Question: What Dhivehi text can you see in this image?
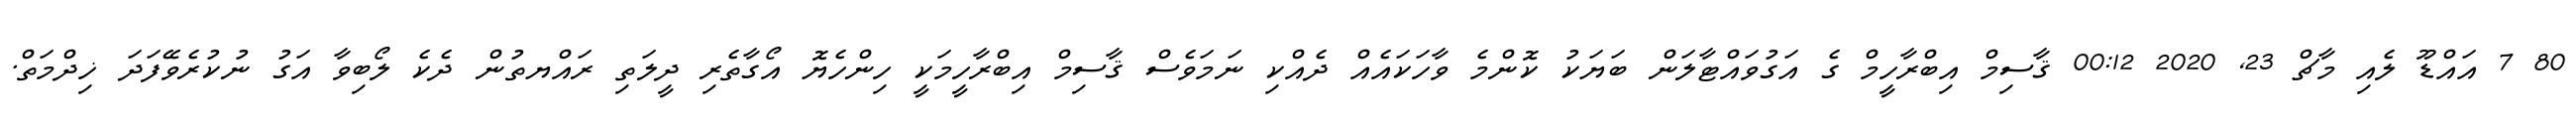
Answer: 80 7 އައްޑޫ ލެއި މާޗް 23, 2020 00:12 ޤާސިމް އިބްރާހީމް ގެ އަގުވައްޓާލަން ބަޔަކު ކޮންމެ ވާހަކައެއް ދެއްކި ނަމަވެސް ޤާސިމް އިބްރާހީމަކީ ހިންހެޔޮ އޯގާތެރި ދީލަތި ރައްޔތުން ދެކެ ލޯބިވާ އަގު ނުކުރެވޭފަދަ ޚިދްމަތް.